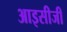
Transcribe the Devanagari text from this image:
आइसीजी